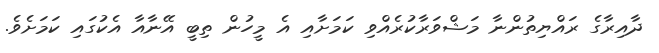
ދާއިރާގެ ރައްޔިތުންނާ މަޝްވަރާކުރެއްވި ކަމަށާއި އެ މީހުން ތިބީ އޭނާއާ އެކުގައި ކަމަށެވެ.